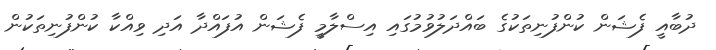
ދުބާއީ ފެޝަން ކުންފުނިތަކުގެ ބައްދަލުވުމުގައި އިސްލާމީ ފެޝަން އުފައްދާ އަދި ވިއްކާ ކުންފުނިތަކުން